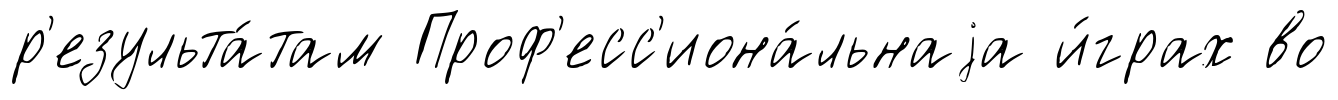
р'езульта́там Проф'есс'иона́льнаjа и́грах во